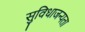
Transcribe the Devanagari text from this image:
सुविधाजन्यता